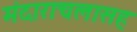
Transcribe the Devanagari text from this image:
मंदाराचलासह